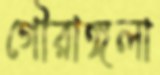
গৌরাঙ্গলা